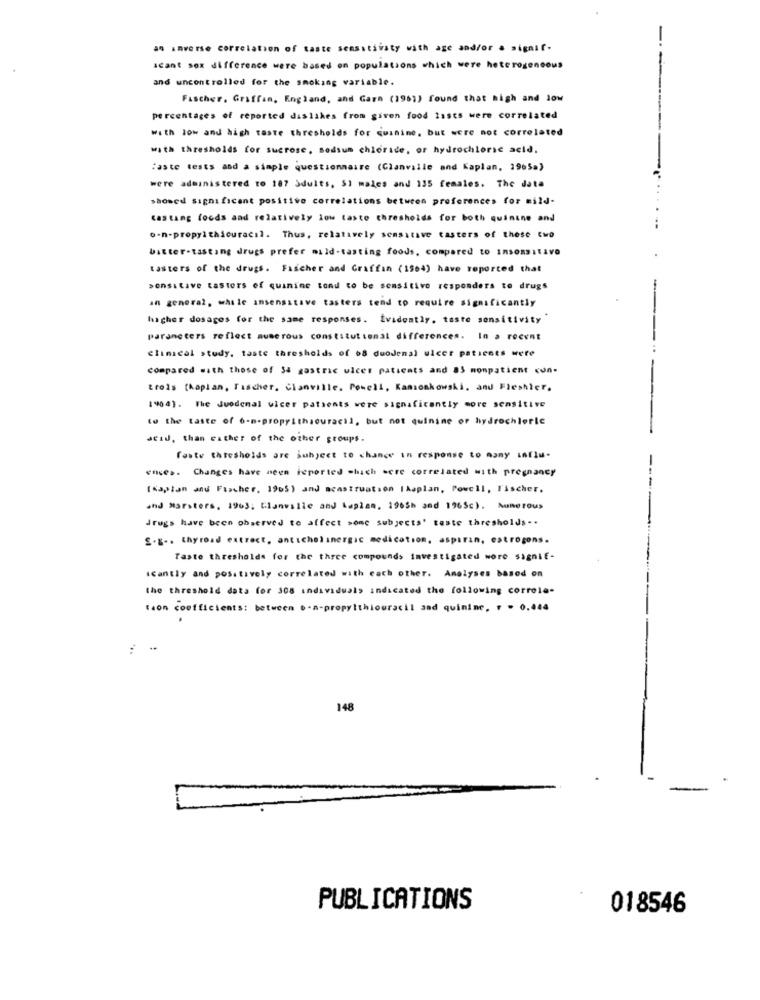
an inverse correlation of taste sensitivsty with age and/or a signif.
scant sox difference were based on populations which were heterogeneous
and uncontrolled for the smoking variable.
Fischer, Griffam, England, and Garn (1961) found that high and low
percentages of reported daslikes from given food lists were correlated
with low and high taste thresholds for quinine, but were not correlated
with thresholds for sucrose, sodium chloride, or hydrochloric acid.
Faste tests and a simple questionnaire (Clanville and Kaplan, 1965a)
were administered to 187 Sduits, S) males and 135 females. The data
showed significant positive correlations between preferences for mild-
Casting foods and relatively low taste thresholds for both quinine and
o-n-propylthicuracil. Thus, relatively sensitive casters of these two
bitter-tasting drugs prefer mild-tasting foods, compared to insensitivo
tasters of the drugs. Fischer and Graffin (1504) have reported that
sensitive tasters of quinine tond to be sensitive responders to drugs
an general, while insensitive tasters tend to require significantly
higher dosages for the same responses. Evidently, taste sensitivity
parameters reflect numerous constitutional differences. In a recent
Clinical study, taste thresholds of 68 duodenal ulcer patients were
compared with those of Sa gastric ulcer patients and 85 monpatient con-
trois (kaplan, Tascher, Clanville. Powell, Kamionkowski, and Fleshler.
1904). The Juedenal ulcer patients were significantly more sensitive
to the taste of 6-n-propyithaouracil, but not quinine or hydrochlorle
acid, than cather of the other groups.
faste thresholds are subject to change in response to many influ-
ences. Changes have been reported which were correlated with pregnancy
[Kaplan and Flacher, 1905) and menstruation [kaplan, Powell, Fischer.
and Marsters, 1963. Glanville and Laplan, 1965h and 1965c). Numerous
drugs have been observed to affect some subjects' taste thresholds --
".g -. thyroad extract, anticholinergic medication, aspiran, estrogens.
Taste thresholds for the three compounds investigated wore signif-
icantly and positively correlated with each other. Analyses based on
the threshold data for 308 individuals indicated the following correla-
tion coefficients: between b-a-propylthiouracil and quinine, + - 0.444
:
148
PUBLICATIONS
018546